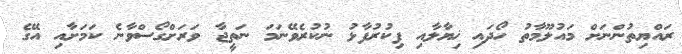
ރައްޔިތުންނަށް މައުލޫމާތު ހޯދައި ޚިޔާލާއި ފިކުރުފާޅު ނުކުރެވޭނަމަ ނަތީޖާ ވަރަށްގޯސްވާނެ ކަމަށާއި އޭގެ